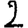
Digit: 2